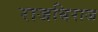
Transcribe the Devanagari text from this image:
राजबिराज